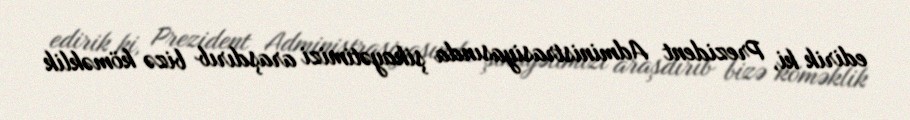
edirik ki, Prezident Administrasiyasında şikayətimizi araşdırıb bizə köməklik